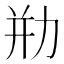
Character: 㔙